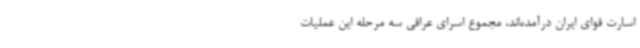
اسارت قوای ایران درآمده‌اند، مجموع اسرای عراقی سه مرحله این عملیات